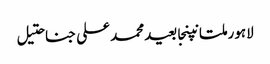
لاہورملتانپنجابعیدمحمد علی جناحتیل